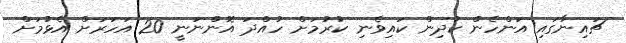
ޗައިނާގައި އަންހެން ކުދިން ކައިވެނި ކުރުމަށް ހުއްދަ އޮންނަނީ 20 އަހަރަށް އެޅުމަށް